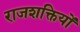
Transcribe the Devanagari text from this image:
राजशक्तियों